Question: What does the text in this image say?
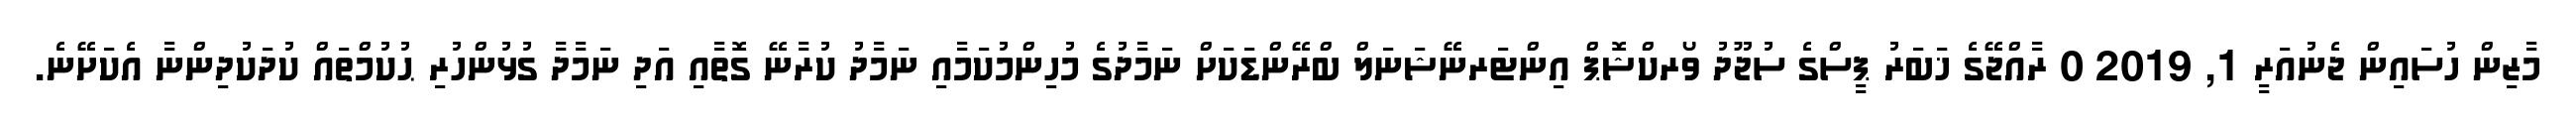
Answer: މާޒިން ހުސައިން ޖެނުއަރީ 1, 2019 0 ރާއްޖޭގެ ޚަބަރު ޕީސްގެ ސުޖޫދު ވޯރކްޝޮޕް އިންޓަރނޭޝަނަލް ބްރޭންޑަކަށް ނަމާދުގެ މުހިންމުކަމާއި ނަމާދު ކުރާނޭ ގޮތާއި އަދި ނަމާދާ ގުޅުންހުރި ޙުކުމްތައް ކުދަކުދިންނާ އެކަށޭނެ.